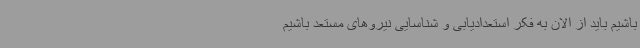
باشیم باید از الان به فکر استعدادیابی و شناسایی نیروهای مستعد باشیم